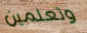
وتعلمين